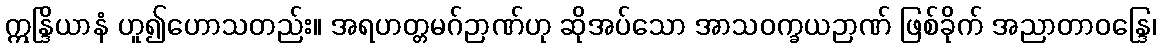
ဣန္ဒြိယာနံ ဟူ၍ဟောသတည်း။ အရဟတ္တမဂ်ဉာဏ်ဟု ဆိုအပ်သော အာသဝက္ခယဉာဏ် ဖြစ်ခိုက် အညာတာဝန္ဒြေ၊